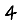
Digit: 4